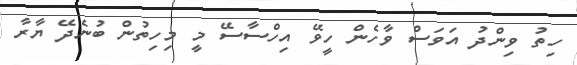
ހިތު ވިންދު އަވަސް ވާހެން ހީވޭ އިހްސާސޭ މީ މިހިތުން ބުނެދޭ ޔާރާ